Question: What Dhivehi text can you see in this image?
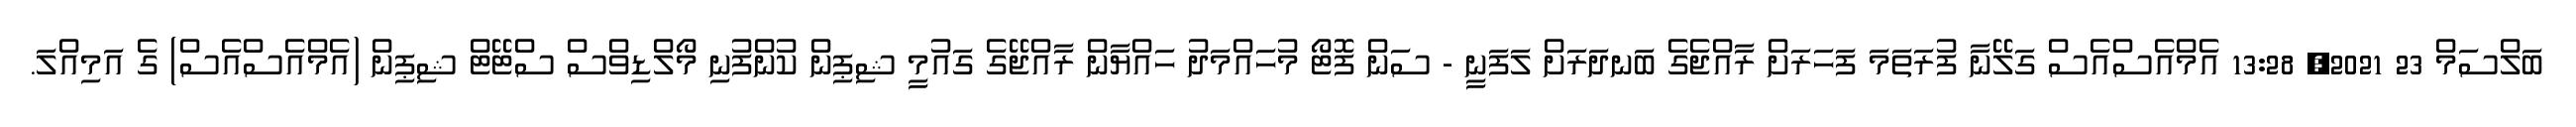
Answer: ބަލްސަމް 23 2021, 13:28 އެމްއެސްއެސް ގަލޭނާ ފުރަތަމަ ފަހަރަށް ރާއްޖެގެ ބަނދަރަށް ލަފަނީ - ސަން ފޮޓޯ މުހައްމަދު ހައްޔާން ރާއްޖޭގެ ގައުމީ ޝިޕިން ކުންފުނި މޯލްޑިވްސް ސްޓޭޓް ޝިޕިން (އެމްއެސްއެސް) ގެ އަމިއްލަ.